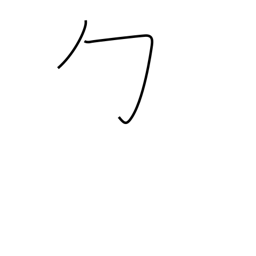
Meaning: wrapping radical (no. 20)